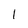
Character: l